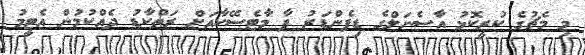
މި މެޗުގެ ކުރީކޮޅު އާސެނަލްގެ ޑިފެންޑަރު ޕާ މާޓެސޭކާއަށް ރަތްކާޑު ދެއްކުމުން އެޓީމު